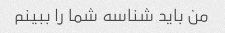
من باید شناسه شما را ببینم